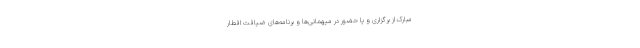
مبارک از برگزاری و یا حضور در میهمانی‌ها و برنامه‌های ضیافت افطار